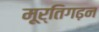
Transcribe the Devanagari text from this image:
मूर्तिगढ़न